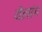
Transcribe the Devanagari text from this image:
येलांग